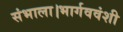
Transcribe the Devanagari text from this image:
संभाला।भार्गववंशी